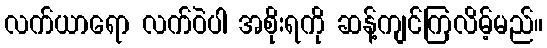
လက်ယာရော လက်ဝဲပါ အစိုးရကို ဆန့်ကျင်ကြလိမ့်မည်။